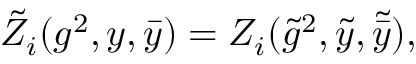
{ \tilde { Z } _ { i } } ( g ^ { 2 } , y , \bar { y } ) = Z _ { i } ( { \tilde { g } ^ { 2 } , \tilde { y } , \tilde { \bar { y } } } ) ,